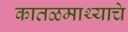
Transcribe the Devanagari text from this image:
कातळमाथ्याचे